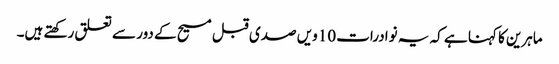
ماہرین کا کہنا ہے کہ یہ نوادرات 10ویں صدی قبل مسیح کے دور سے تعلق رکھتے ہیں۔